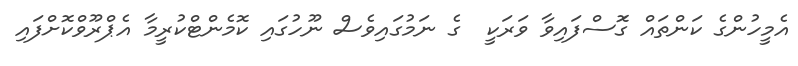
އެމީހުންގެ ކަންތައް ގޮަސްފައިވާ ވަރަކީ  ގެ ނަމުގައިވެސް ނޫހުގައި ކޮމެންޓްކުރީމާ އެޕްރޫވްކޮށްފައި